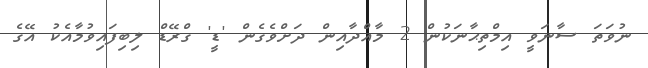
ނުވަތަ ސާނަވީ އިމްތިޙާނަކުން 2 މާއްދާއިން ދަށްވެގެން 'ޑީ' ގްރޭޑް ލިބިފައިވުމާއެކު އޭގެ